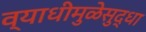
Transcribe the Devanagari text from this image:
व्याधीमुळेसुद्धा